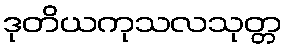
ဒုတိယကုသလသုတ္တ